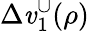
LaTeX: \Delta\mathit{v}_{1}^{\cup}(\rho)